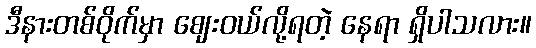
ဒီနားတစ်ဝိုက်မှာ ဈေးဝယ်လို့ရတဲ့ နေရာ ရှိပါသလား။